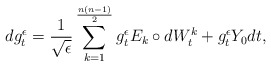
\begin{align*}dg_t^\epsilon={1\over \sqrt \epsilon}\sum_{k=1}^{n(n-1)\over 2} g_t^\epsilon E_{k}\circ dW_t^k + g_t^\epsilon Y_0dt,\end{align*}